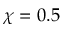
\chi = 0 . 5